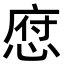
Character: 𢜆